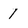
Character: 1